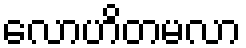
လောဟိတမလာ